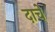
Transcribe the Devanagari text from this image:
दाचे